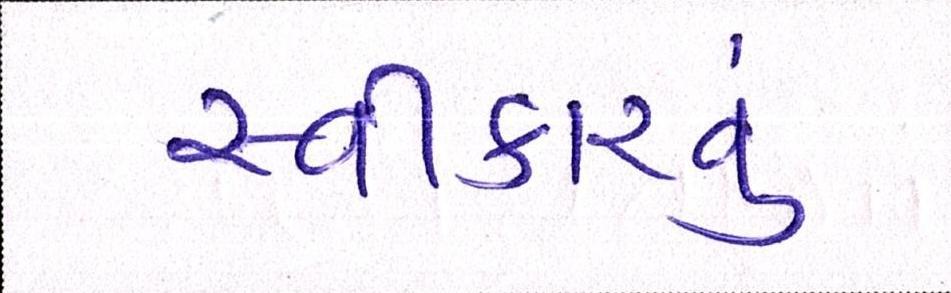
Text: સ્વીકારવું